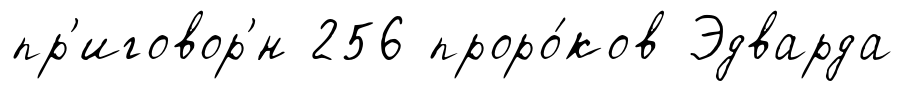
пр'иговор'́н 256 проро́ков Эдварда